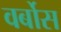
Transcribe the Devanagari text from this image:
वर्बोस